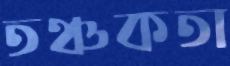
তঞ্চকতা